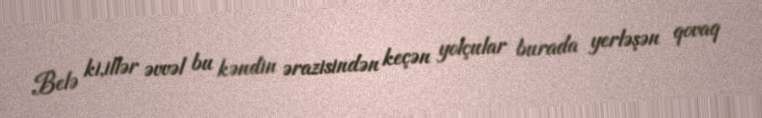
Belə ki,illər əvvəl bu kəndin ərazisindən keçən yolçular burada yerləşən qovaq